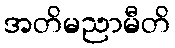
အတိမညာမီတိ